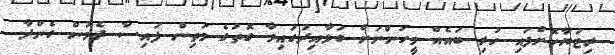
ރިޓަޔާކޮށްފައި ހުރި ބައެއް މީހުންނަށް ގަވާއިދުގައިވާ ގޮތުގެ މަތިން ފައިސާ ދެމުން ގެންދާ